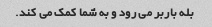
بله باربر می رود و به شما کمک می کند.